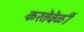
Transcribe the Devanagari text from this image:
करतेवेळीं